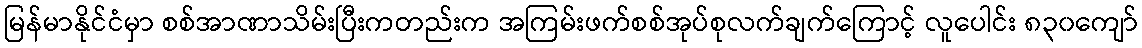
မြန်မာနိုင်ငံမှာ စစ်အာဏာသိမ်းပြီးကတည်းက အကြမ်းဖက်စစ်အုပ်စုလက်ချက်ကြောင့် လူပေါင်း ၈၃၀ကျော်